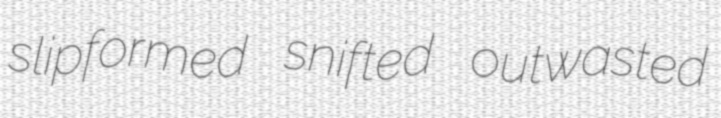
slipformed snifted outwasted